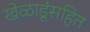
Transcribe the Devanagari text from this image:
खेळाडूंसहित